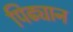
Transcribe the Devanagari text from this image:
पिढ्यान